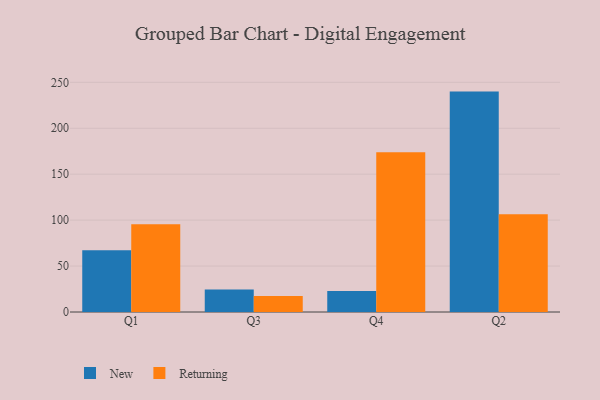
{"axis": {"x": "Quarter", "y": "Tickets Resolved"}, "legend": ["New", "Returning"], "data": [{"x": "Q1", "y": 67.2, "type": "New"}, {"x": "Q1", "y": 95.6, "type": "Returning"}, {"x": "Q3", "y": 24.6, "type": "New"}, {"x": "Q3", "y": 17.5, "type": "Returning"}, {"x": "Q4", "y": 22.9, "type": "New"}, {"x": "Q4", "y": 173.9, "type": "Returning"}, {"x": "Q2", "y": 239.9, "type": "New"}, {"x": "Q2", "y": 106.5, "type": "Returning"}]}